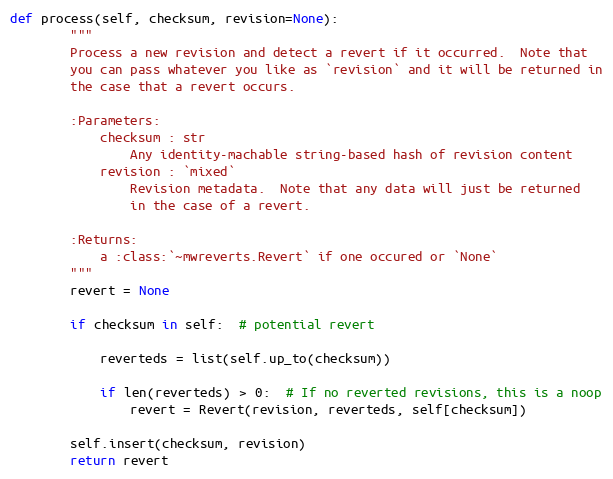
Language: Python
def process(self, checksum, revision=None):
        """
        Process a new revision and detect a revert if it occurred.  Note that
        you can pass whatever you like as `revision` and it will be returned in
        the case that a revert occurs.

        :Parameters:
            checksum : str
                Any identity-machable string-based hash of revision content
            revision : `mixed`
                Revision metadata.  Note that any data will just be returned
                in the case of a revert.

        :Returns:
            a :class:`~mwreverts.Revert` if one occured or `None`
        """
        revert = None

        if checksum in self:  # potential revert

            reverteds = list(self.up_to(checksum))

            if len(reverteds) > 0:  # If no reverted revisions, this is a noop
                revert = Revert(revision, reverteds, self[checksum])

        self.insert(checksum, revision)
        return revert